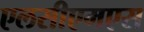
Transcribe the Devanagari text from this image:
एलसीएमएस